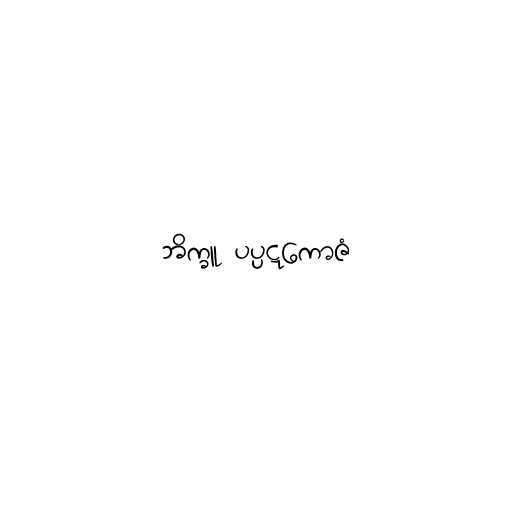
ဘိက္ခူ ပပ္ပဋကောဇံ